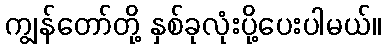
ကျွန်တော်တို့ နှစ်ခုလုံးပို့ပေးပါမယ်။